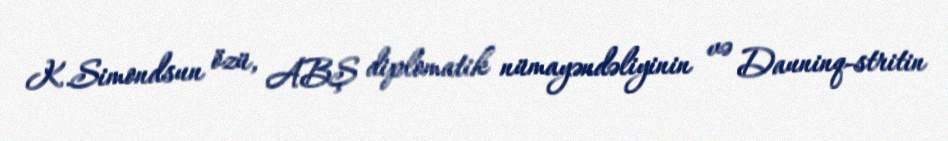
K.Simondsun özü, ABŞ diplomatik nümayəndəliyinin və Dauninq-stritin